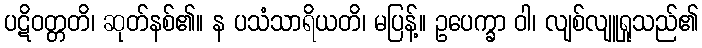
ပဋိဝတ္တတိ၊ ဆုတ်နစ်၏။ န ပသံသာရိယတိ၊ မပြန့်။ ဥပေက္ခာ ဝါ၊ လျစ်လျူရှုသည်၏